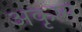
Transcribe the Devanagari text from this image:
अकृष्य